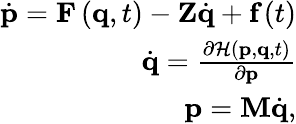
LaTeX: \begin{array}{r}{\dot{\textbf{p}}=\textbf{F}\left(\mathbf{q},t\right)-\textbf{Z}\dot{\textbf{q}}+\textbf{f}\left(t\right)}\\ {\dot{\mathbf{q}}=\frac{\partial\mathcal{H}\left(\mathbf{p},\mathbf{q},t\right)}{\partial\mathbf{p}}}\\ {\mathbf{p}=\mathbf{M}\dot{\mathbf{q}},}\end{array}